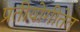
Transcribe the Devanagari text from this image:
प्रतीयोगीतेत